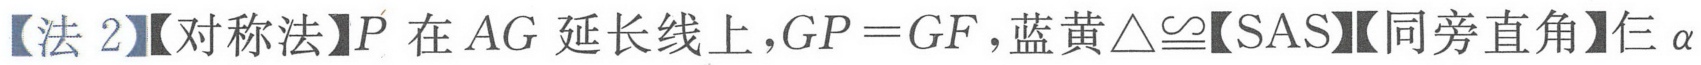
【法 2】【对称法】$P$ 在 $AG$ 延长线上，$GP = GF$，蓝黄$\triangle\cong$【SAS】【同旁直角】仨$\alpha$